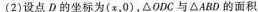
(2)设点D的坐标为(x，0)，△ODC与△ABD的面积